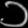
Digit: ၁